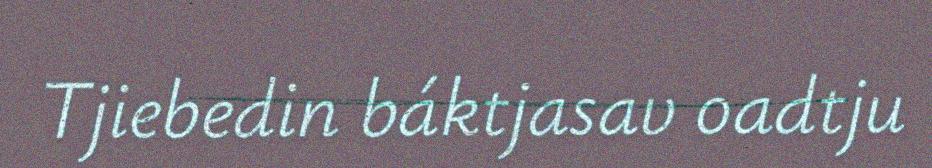
Tjiebedin báktjasav oadtju